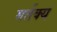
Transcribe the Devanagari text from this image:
मर्तक्य